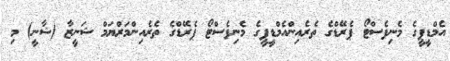
އެމްޑީޕީގެ މެނިފެސްޓޯ ޕެރޭޑްގެ ތެރެއިންއެމްޑީޕީގެ މެނިފެސްޓޯ ޕެރޭޑްގެ ތެރެއިންމަރްޔަމް ޝަނީޒާ (ޝާނީ) މި